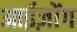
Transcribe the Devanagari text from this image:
आईज़ोंग